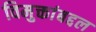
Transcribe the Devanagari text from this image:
विमुक्तांबद्दल